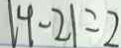
\vert 4 - 2 \vert = 2